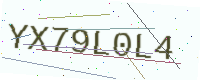
Text: YX79L0L4